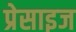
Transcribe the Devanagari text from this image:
प्रेसाइज